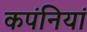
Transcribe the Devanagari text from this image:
कपंनियां